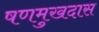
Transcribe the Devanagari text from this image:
षणमुखदास